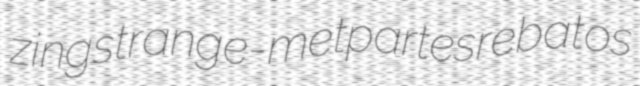
zing strange-met partes rebatos